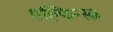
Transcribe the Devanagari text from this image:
एल्फिन्स्त्न